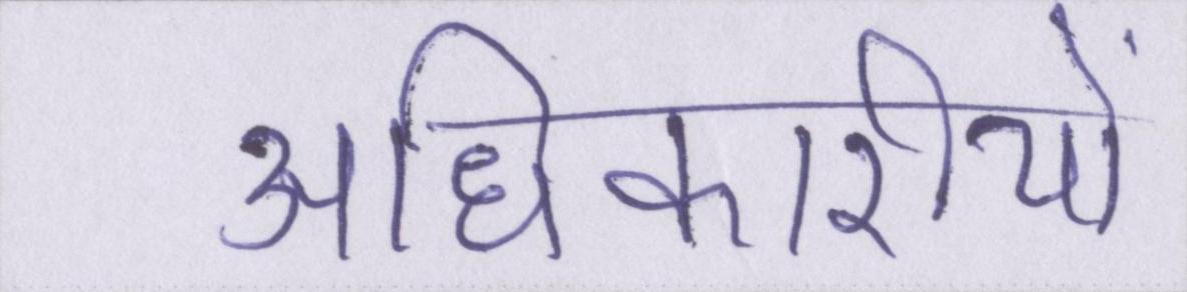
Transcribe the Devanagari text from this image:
अधिकारीयों